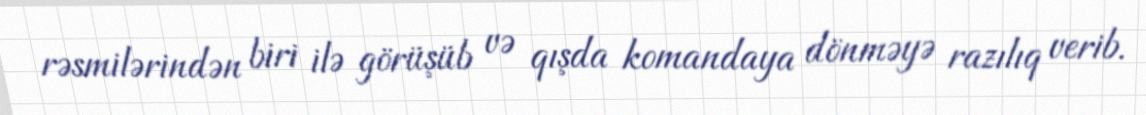
rəsmilərindən biri ilə görüşüb və qışda komandaya dönməyə razılıq verib.